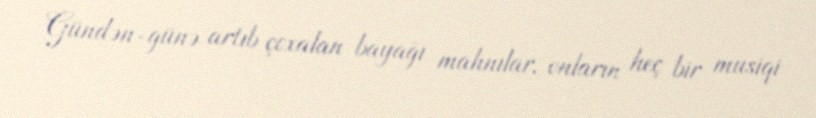
Gündən-günə artıb çoxalan bayağı mahnılar, onların heç bir musiqi